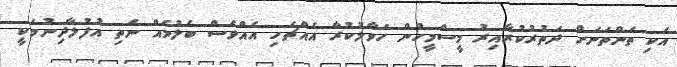
އެކި ތަންތަނަށް ދަތުރުކުރާއިރު މީސްމީހުން ހަވާލުކުރާ އެއްޗެހި އެއްވެސް ބެލުމެއް ނެތި އުފުލާދިނުމަކީ